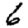
Digit: 6